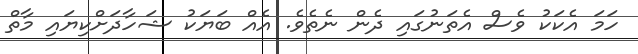
ހަމަ އެކަކު ވެސް އެތަނުގައި ދެން ނެތެވެ. އެއް ބަޔަކު ޝަހާދަށްކިޔައި މާތް